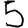
Digit: 5